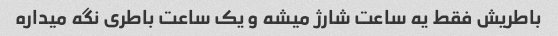
باطریش فقط یه ساعت شارژ میشه و یک ساعت باطری نگه میداره